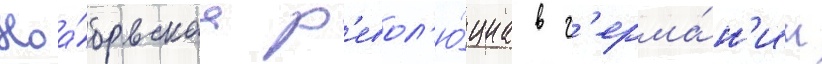
Ноа́брьскаа р'евол'ю́циа в г'ерма́н'ии